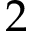
2